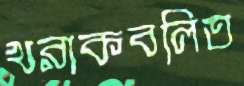
খরাকবলিত